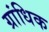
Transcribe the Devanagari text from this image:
ग्रांधिक